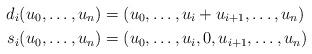
LaTeX: \begin{align*}d_i (u_0, \dots, u_n) &= (u_0, \dots, u_i + u_{i+1}, \dots, u_n)\\s_i (u_0, \dots, u_n) &= (u_0, \dots, u_i, 0, u_{i+1}, \dots, u_n) \end{align*}